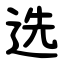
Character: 选